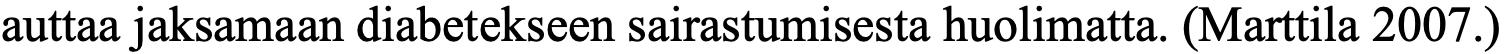
auttaa jaksamaan diabetekseen sairastumisesta huolimatta. (Marttila 2007.)